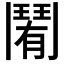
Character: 𩰑